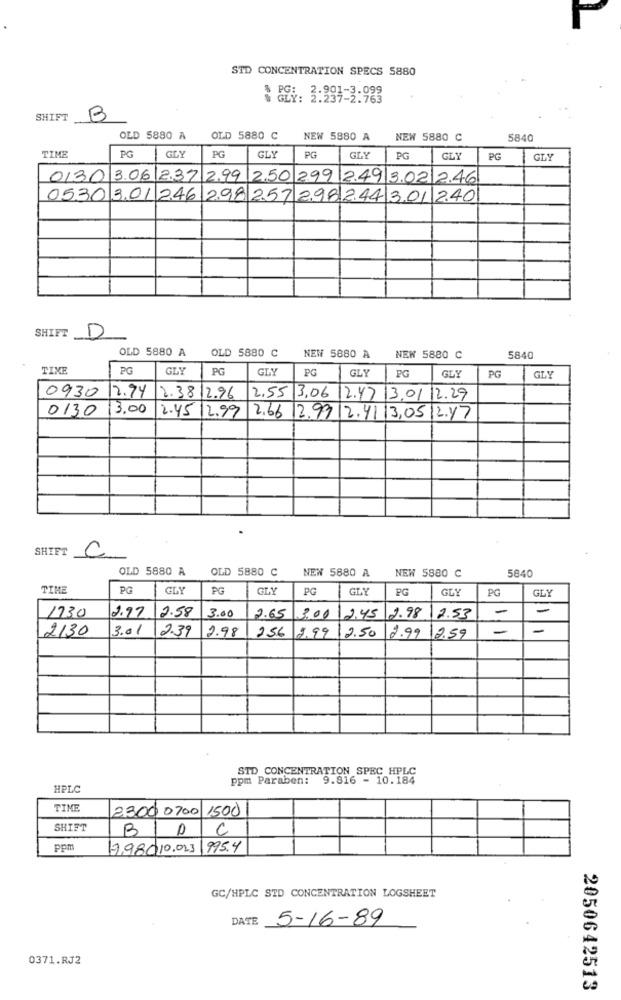
STD CONCENTRATION SPECS 5880
GÅ: 3:294-3.099
SHIFT
B
OLD 5880 A
OLD 5880 C
NEW 5880 A
NEW 5880 C
5840
TIME
PG
GLY
PG
GLY
PG
GLY
PG
GLY
PG
GLY
0130 306 2.37 2.99
12.50 299 2.49 3.02 2.46
0530 3.01 246 298 257298244 301 240
SHIFT
D
OLD 5880 A
OLD 5880 C
NEW 5880 A
NEW 5880 C
5840
TIME
PG
GLY
PG
PG
GLY
PG
PG
GLY
GLY
0930
12.94
2.38 12.96
2,55 3,06 12.47 13.01 12.29
0130
13.00
2.45 12.99
2.66 12.99|2.4113.05|2.17
SHIFT
C
OLD 5880 A
OLD 5880 C
NEW 5880 A
5840
NEW 5880 C
TIME
PG
GLY
PG
GLY
PG
GLY
PG
GLY
PG
GLY
2.58
3.00
-
-
1730
2.97
2.65
13.00
12.45
2.98
2.53
2130
3.01
2.39
2.98
-
-
256 9,99 2.50
2.99
12.59
STD_CONCENTRATION SPEC HPLC
ppm Paraben: 9.816 - 10.184
HPLC
TIME
23.00 0700 1500
SHIFT
BI
C
ppm
17,980,10.023 995.4
GC/HPLC STD CONCENTRATION LOGSHEET
DATE
5-16-89
0371.RJ2
2050642513